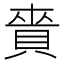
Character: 𧶐